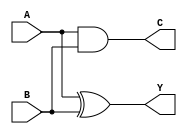
module HALF_ADDER(Y,C,A,B);
	output Y,C;
	input A,B;
	
	xor inst1(Y, A, B);
	and inst2(C, A, B);
endmodule